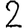
Digit: 2